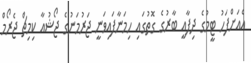
އެއަށްފަހު ޓީމުގެ ދިފާއީ ބާރުގެ ގޮތުގައި ހިމަނާފައިވަނީ ޖަރުމަނުގެ ޖޯޝުއާ ކިމިޗް ޖެރޯމް